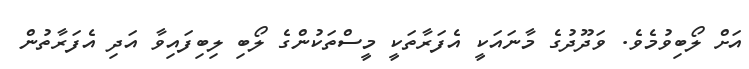
އަށް ލޯބިވުމެވެ. ވަދޫދުގެ މާނައަކީ އެފަރާތަކީ މީސްތަކުންގެ ލޯބި ލިބިފައިވާ އަދި އެފަރާތުން